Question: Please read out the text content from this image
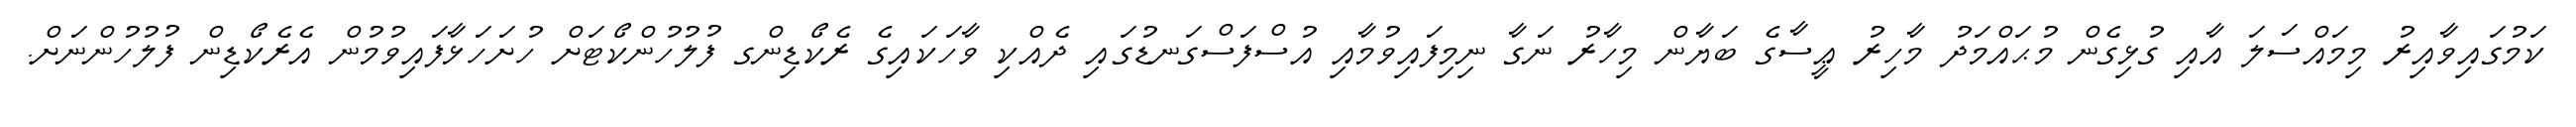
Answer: ކަމުގައިވާއިރު މިމައްސަލަ އާއި ގުޅިގެން މުޙައްމަދު މާހިރު ޢީސާގެ ބަޔާން މިހާރު ނަގާ ނިމިފައިވުމާއި އުސްފަސްގަނޑުގައި ދެއްކި ވާހަކައިގެ ރެކޯޑިންގ ފުލުހުންކޯޓަށް ހުށަހަޅާފައިވުމުން އެރެކޯޑިން ފުލުހުންނަށް.